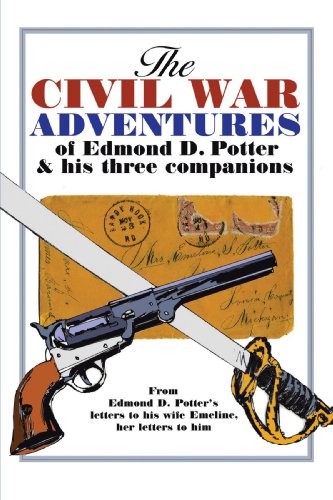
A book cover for The Civil War Adventures of Edmond D. Potter & His Three Companions: From Edmond D. Potter's Letters to His Wife Emeline, Her Letters to Him; History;